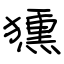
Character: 獯